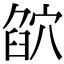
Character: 𥦶